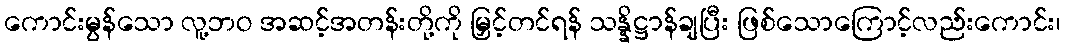
ကောင်းမွန်သော လူ့ဘဝ အဆင့်အတန်းတို့ကို မြှင့်တင်ရန် သန္နိဋ္ဌာန်ချပြီး ဖြစ်သောကြောင့်လည်းကောင်း၊